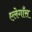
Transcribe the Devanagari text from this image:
एलेगाँस